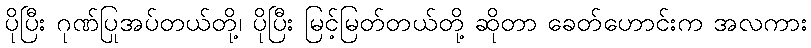
ပိုပြီး ဂုဏ်ပြုအပ်တယ်တို့၊ ပိုပြီး မြင့်မြတ်တယ်တို့ ဆိုတာ ခေတ်ဟောင်းက အလကား